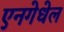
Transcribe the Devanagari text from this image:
एनगेधेल